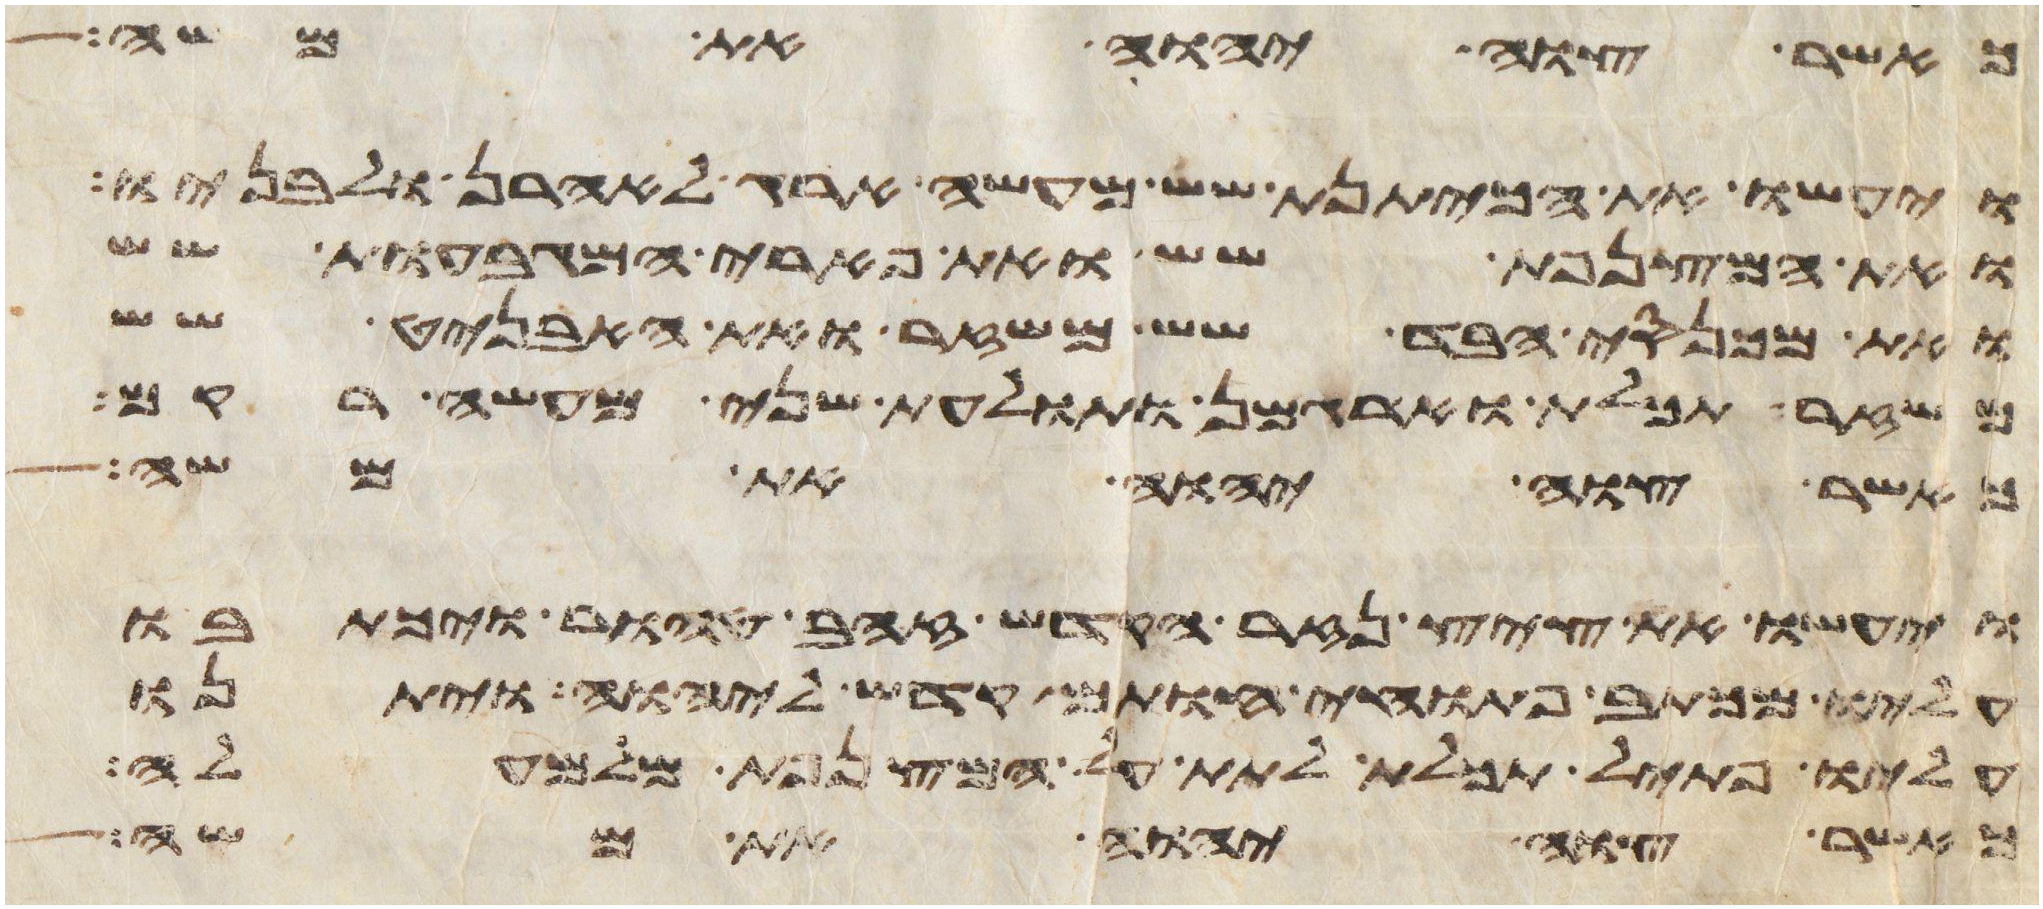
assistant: כאשר צוה יהוה את משה
ויעשו את הכיתנת שש מעשה ארג לאהרן ולבניו
ואת המצנפת שש ואת פארי המגבעות שש
ואת מכנסי הבד שש משזר ואת האבניט שש
משזר תכלת וארגמן ותולעת שני מעשה רקם
אשר צוה יהוה את משה
ויעשו את ציץ נזר הקדש זהב טהור ויכתבו
עליו מכתב פתוחי חותם קדש ליהוה ויתנו
עליו פתיל תכלת לתת על המצנפת מלמעלה
אשר צוה יהוה את משה